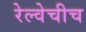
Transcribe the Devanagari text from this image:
रेल्वेचीच